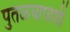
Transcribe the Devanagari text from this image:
पुतळयापाशी